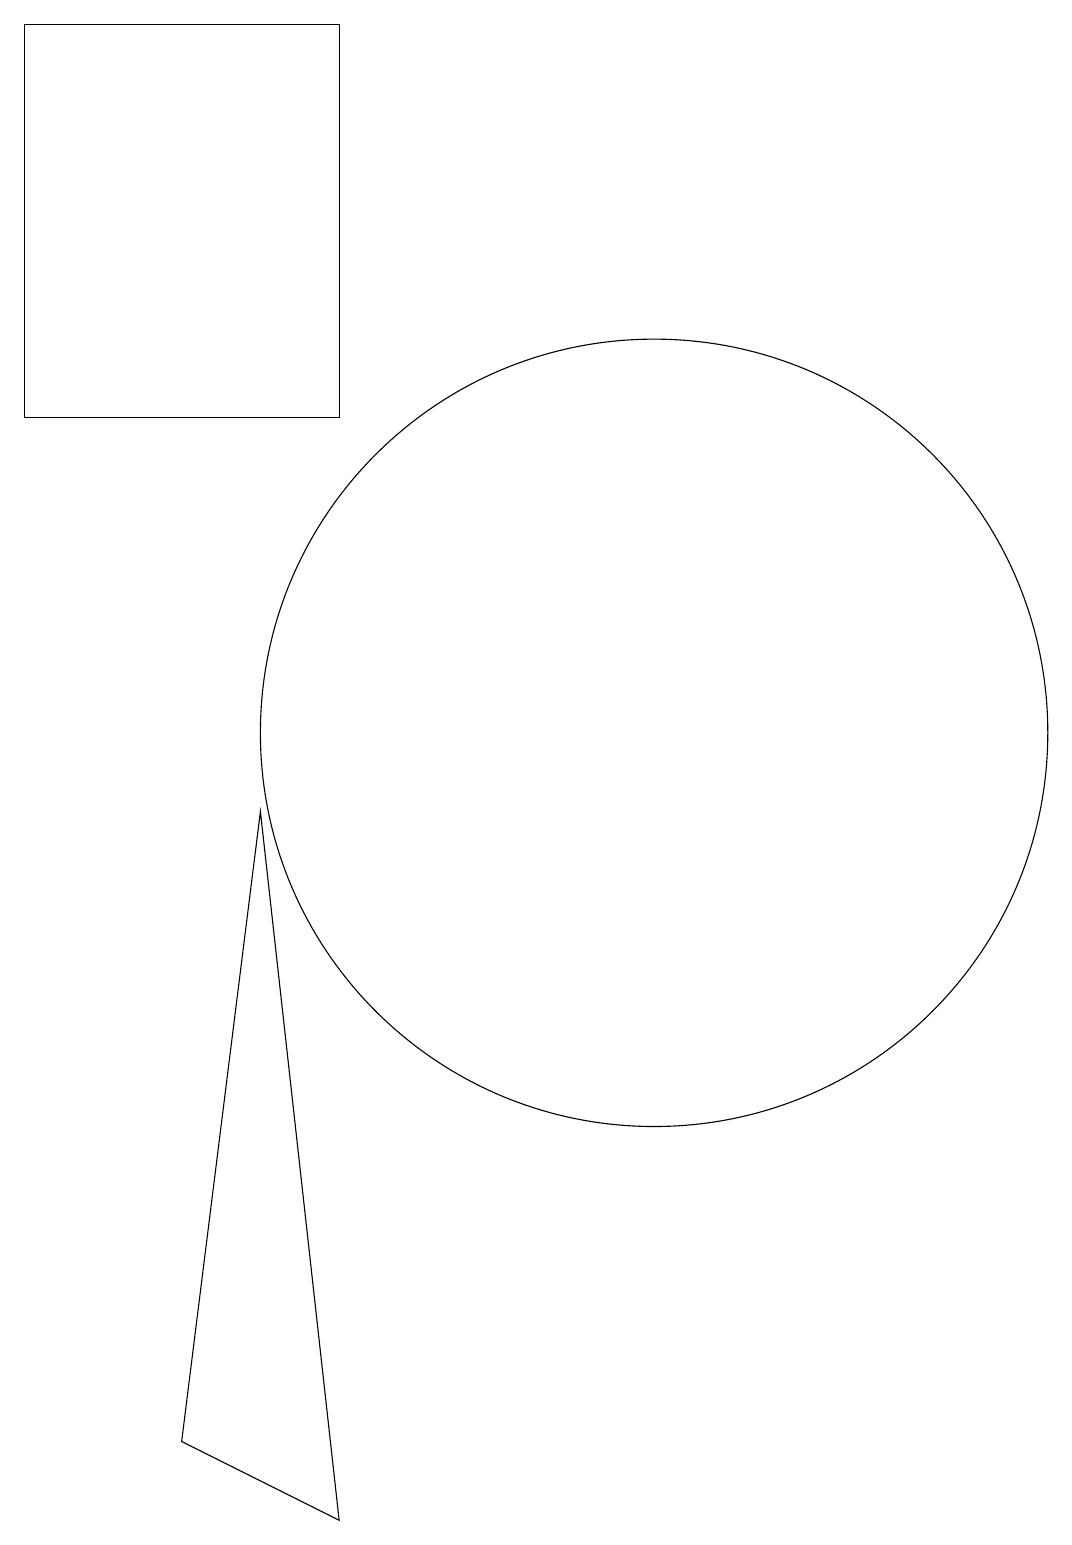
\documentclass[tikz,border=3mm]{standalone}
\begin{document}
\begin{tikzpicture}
\draw (11,10) circle (5);
\draw (7,0) -- (6,9) -- (5,1) -- cycle;
\draw (3,14) rectangle (7,19);
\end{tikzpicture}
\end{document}